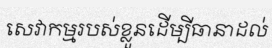
សេវាកម្មរបស់ខ្លួនដើម្បីធានាដល់